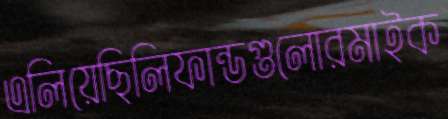
এলিয়েছিলিফান্ডগুলোরমাইক